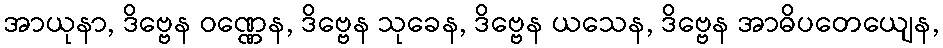
အာယုနာ, ဒိဗ္ဗေန ဝဏ္ဏေန, ဒိဗ္ဗေန သုခေန, ဒိဗ္ဗေန ယသေန, ဒိဗ္ဗေန အာဓိပတေယျေန,